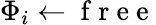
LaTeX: {\Phi_{i}}\gets\mathrm{~f~r~e~e~}